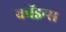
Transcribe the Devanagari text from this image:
कॉइन्स